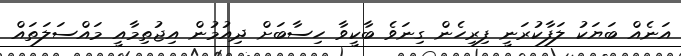
އަނެއް ބަޔަކު ލަފާކުރަނީ ފިރިހެން ގިނަވެ ބާކީވާ ހިސާބަށް ދިއުމުން އިޖުތިމާއީ މައްސަލަތައް